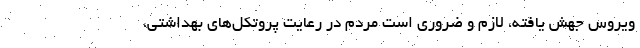
ویروس جهش یافته، لازم و ضروری است مردم در رعایت پروتکل‌های بهداشتی،